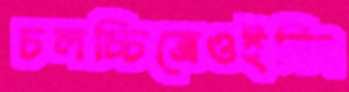
চলচ্চিত্রেওইনিং